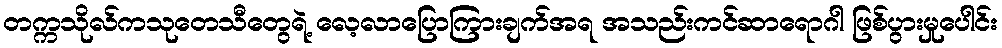
တက္ကသိုလ်ကသုတေသီတွေရဲ့ လေ့လာပြောကြားချက်အရ အသည်းကင်ဆာရောဂါ ဖြစ်ပွားမှုပေါင်း